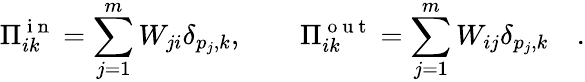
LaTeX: \Pi_{ik}^{\mathrm{~i~n~}}=\sum_{j=1}^{m}W_{ji}\delta_{p_{j},k},\qquad\Pi_{ik}^{\mathrm{~o~u~t~}}=\sum_{j=1}^{m}W_{ij}\delta_{p_{j},k}\quad.